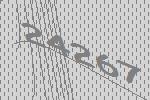
24267